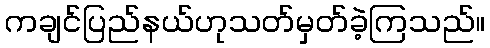
ကချင်ပြည်နယ်ဟုသတ်မှတ်ခဲ့ကြသည်။